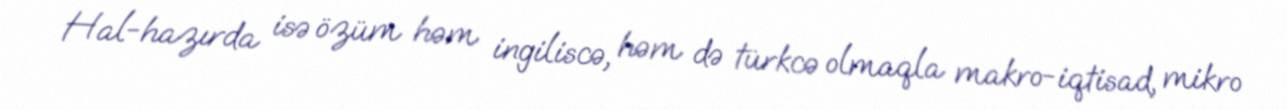
Hal-hazırda isə özüm həm ingiliscə, həm də türkcə olmaqla makro-iqtisad, mikro